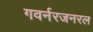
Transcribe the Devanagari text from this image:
गवर्नरजनरल